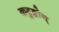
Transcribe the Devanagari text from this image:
कटुङ्कोन्